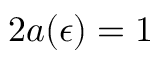
2 a ( \epsilon ) = 1